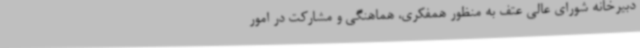
دبیرخانه شورای عالی عتف به منظور همفکری، هماهنگی و مشارکت در امور